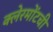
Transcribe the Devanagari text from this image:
क्लेरमोंटची